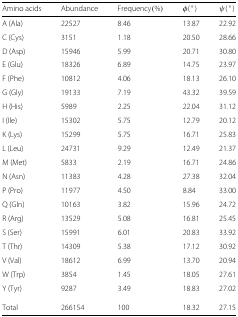
| Amino acids | Abundance | Frequency (%) | φ(°) | ψ(°) |
 | --- | --- | --- | --- | --- |
 | A (Ala) | 22527 | 8.46 | 13.87 | 22.92 |
 | C (Cys) | 3151 | 1.18 | 20.50 | 28.66 |
 | D (Asp) | 15946 | 5.99 | 20.71 | 30.80 |
 | E (Glu) | 18326 | 6.89 | 14.75 | 23.97 |
 | F (Phe) | 10812 | 4.06 | 18.13 | 26.10 |
 | G (Gly) | 19133 | 7.19 | 43.32 | 39.59 |
 | H (His) | 5989 | 2.25 | 22.04 | 31.12 |
 | I (Ile) | 15302 | 5.75 | 12.79 | 20.12 |
 | K (Lys) | 15299 | 5.75 | 16.71 | 25.83 |
 | L (Leu) | 24731 | 9.29 | 12.49 | 21.37 |
 | M (Met) | 5833 | 2.19 | 16.71 | 24.86 |
 | N (Asn) | 11383 | 4.28 | 27.38 | 32.04 |
 | P (Pro) | 11977 | 4.50 | 8.84 | 33.00 |
 | Q (Gln) | 10163 | 3.82 | 15.96 | 24.72 |
 | R (Arg) | 13529 | 5.08 | 16.81 | 25.45 |
 | S (Ser) | 15991 | 6.01 | 20.83 | 33.92 |
 | T (Thr) | 14309 | 5.38 | 17.12 | 30.92 |
 | V (Val) | 18612 | 6.99 | 13.70 | 20.94 |
 | W (Trp) | 3854 | 1.45 | 18.05 | 27.61 |
 | Y (Tyr) | 9287 | 3.49 | 18.83 | 27.02 |
 | Total | 266154 | 100 | 18.32 | 27.15 |